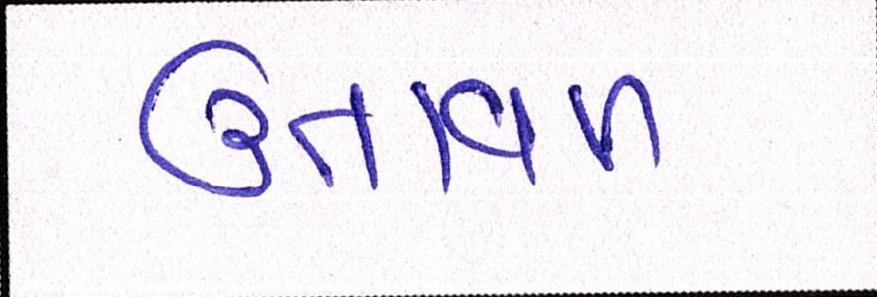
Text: ઉતાવળ